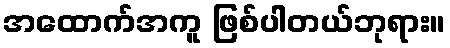
အထောက်အကူ ဖြစ်ပါတယ်ဘုရား။